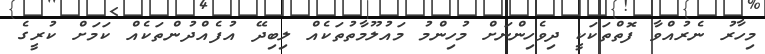
މިހާރު ނެރުއްވާ ފޮތްތަކަކީ ދިވެހިންނަށް މުހިންމު މައުލޫމާތުތަކެއް ލިބިދޭ އުފެއްދުންތަކެއް ކަމަށް ކުރީގެ